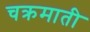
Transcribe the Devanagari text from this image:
चक्रमाती